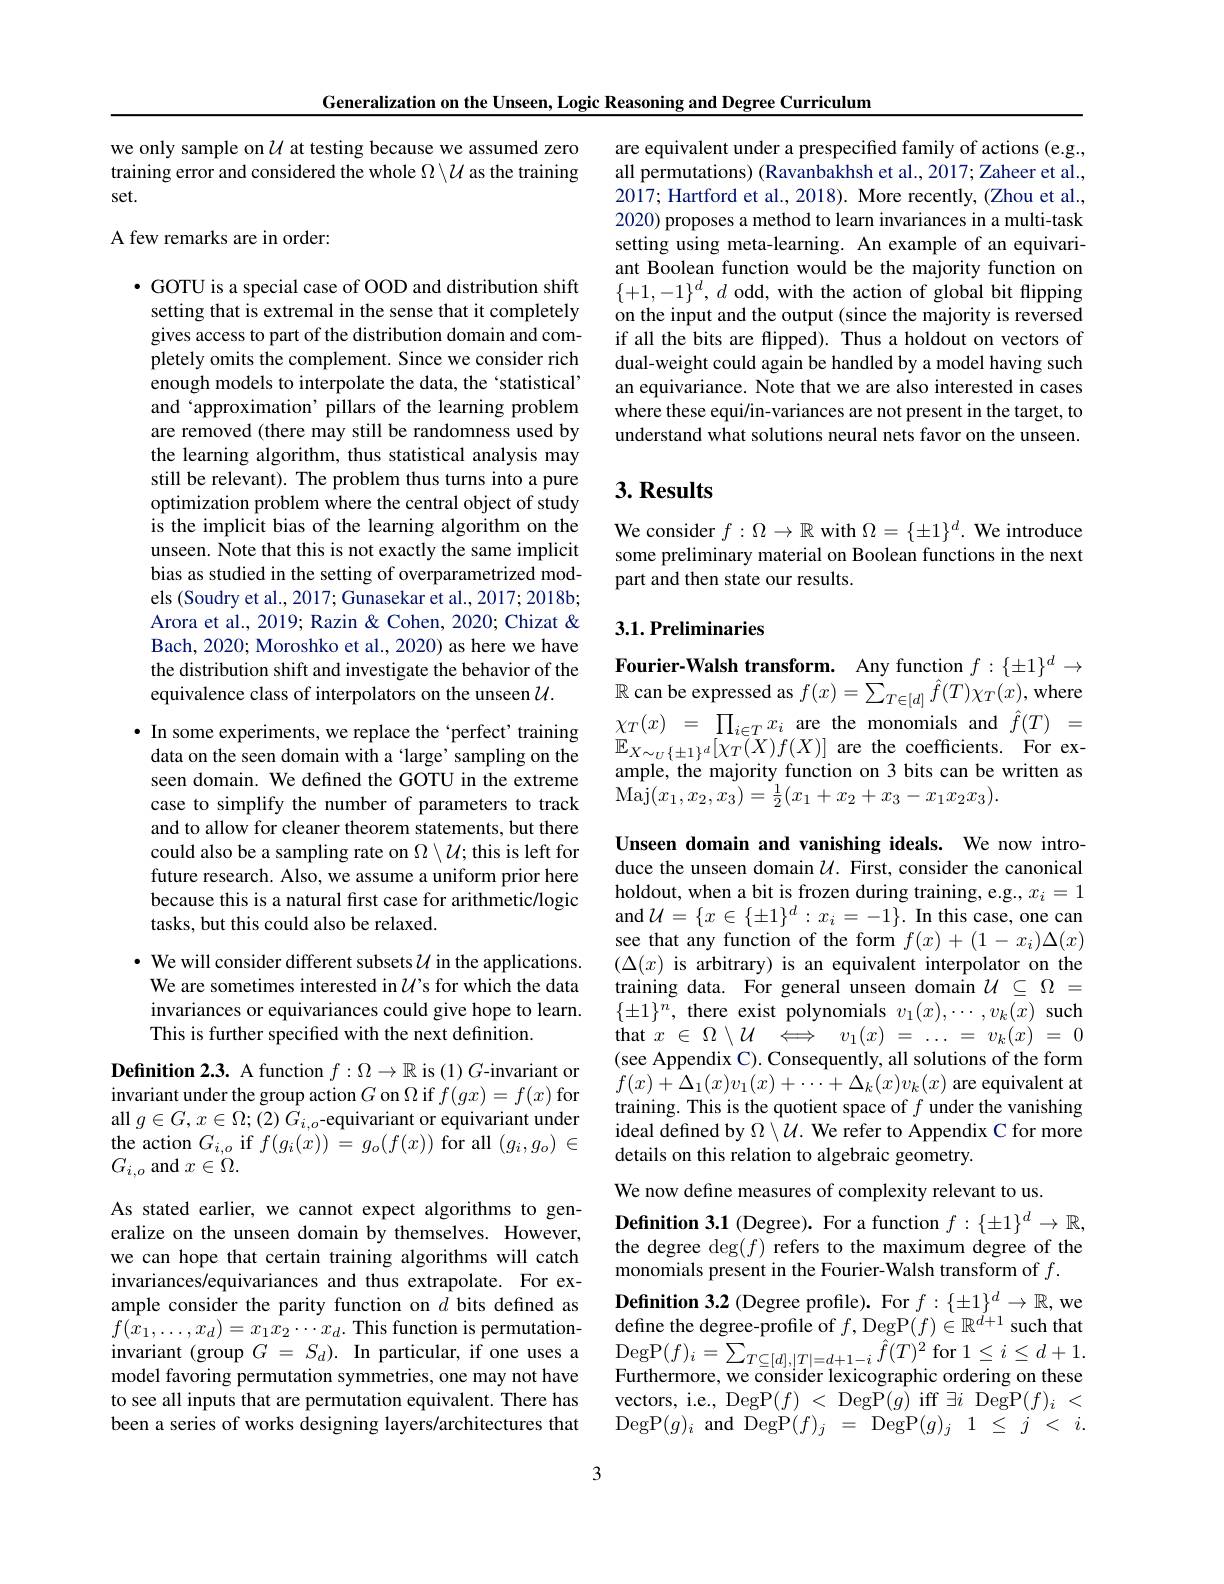
Generalization on the Unseen, Logic Reasoning and Degree Curriculum

we only sample on $U$ at testing because we assumed zero training error and considered the whole $\Omega\setminus\mathcal{U}$ as the training set.

## A few remarks are in order:

$•$ GOTU is a special case of OOD and distribution shift
setting that is extremal in the sense that it completely gives access to part of the distribution domain and completely omits the complement. Since we consider rich enough models to interpolate the data, the `statistical' and‘approximation’ pillars of the learning problem are removed (there may still be randomness used by the learning algorithm, thus statistical analysis may still be relevant). The problem thus turns into a pure optimization problem where the central object of study is the implicit bias of the learning algorithm on the unseen. Note that this is not exactly the same implicit bias as studied in the setting of overparametrized models (Soudry et al., 2017; Gunasekar et al., 2017; 2018b; Arora et al., 2019; Razin & Cohen, 2020; Chizat & Bach, 2020; Moroshko et al., 2020) as here we have the distribution shift and investigate the behavior of the equivalence class of interpolators on the unseen $\mathcal{U}.$

· In some experiments, we replace the‘perfect’training data on the seen domain with a 'large' sampling on the seen domain. We defined the GOTU in the extreme case to simplify the number of parameters to track and to allow for cleaner theorem statements, but there could also be a sampling rate on $\Omega\setminus\mathcal{U};$ this is left for future research. Also, we assume a uniform prior here because this is a natural first case for arithmetic/logic tasks, but this could also be relaxed.

· We will consider different subsets $\mathcal{U}$ in the applications. We are sometimes interested in $\mathcal{U}$ s for which the data invariances or equivariances could give hope to learn. This is further specified with the next definition.

Definition 2.3. A function $f:\Omega\to\mathbb{R}$ is (1) $G$-invariant or invariant under the group action $G$ on $\Omega$ if $f(gx)=f(x)$ for all $g\in G,x\in\Omega;(2)G_{i,o}$-equivariant or equivariant under the action $G_{i,o}$ if $f(g_{i}(x))=g_{o}(f(x))$ for all $(g_{i},g_{o})\in$ $G_{i,o}$ and $x\in\Omega.$

As stated earlier, we cannot expect algorithms to generalize on the unseen domain by themselves. However, we can hope that certain training algorithms will catch invariances/equivariances and thus extrapolate. For example consider the parity function on $d$ bits defined as $f(x_{1},\ldots,x_{d})=x_{1}x_{2}\cdots x_{d}.$This function is permutationinvariant ( group $G= S_d) .$ In particular, if one uses a DegP$( f) _{i}= \sum _{T\subseteq [ d] , [ T] = d+ 1- i}\hat{f} ( T) ^{2}$ for $1\leq i\leq d+ 1.$ model favoring permutation symmetries, one may not have Furthermore, we consider lexicographic ordering on these model favorin
to see all inputs that are permutation equivalent. There has been a series of works designing layers/architectures that

are equivalent under a prespecified family of actions (e.g., all permutations) (Ravanbakhsh et al., 2017; Zaheer et al., $20\hat{17};$ Hartford et al., 2018). More recently, (Zhou et al., 2020) proposes a method to learn invariances in a multi-task setting using meta-learning. An example of an equivariant Boolean function would be the majority function on $\{+1,-1\}^d,d$ odd, with the action of global bit flipping on the input and the output (since the majority is reversed if all the bits are flipped). Thus a holdout on vectors of dual-weight could again be handled by a model having such an equivariance. Note that we are also interested in cases where these equi/in-variances are not present in the target, to understand what solutions neural nets favor on the unseen.

# 3. Results

We consider $f:\Omega\to\mathbb{R}$ with $\Omega=\{\pm1\}^d.$ We introduce some preliminary material on Boolean functions in the next part and then state our results.

## 3.1. Preliminaries

Fourier-Walsh transform. Any function $f:\{\pm1\}^d\to$ $\mathbb{R}$ can be expressed as $f(x)=\sum_T\in[d]\hat{f}(T)\chi_T(x)$, where $\chi _{T}( x)$ = $\prod _{i\in T}x_{i}$ are the monomials and $\hat{f} ( T)$ = $\mathbb{E}_{X\sim_U\{\pm1\}^d}[\chi_T(X)f(X)]$ are the coefficients. For example, the majority function on 3 bits can be written as $\operatorname{Maj}(x_1,x_2,x_3)=\frac{1}{2}(x_1+x_2+x_3-x_1x_2x_3).$

Unseen domain and vanishing ideals. We now introduce the unseen domain $\mathcal{U}.$ First, consider the canonical holdout, when a bit is frozen during training, e.g., $x_i=1$ and$\mathcal{U}=\{x\in\{\pm1\}^d:x_i=-1\}.$In this case, one can see that any function of the form $f(x)+(1-x_{i})\Delta(x)$ $(\Delta(x)$ is arbitrary) is an equivalent interpolator on the training data. For general unseen domain $\mathcal{U}\subseteq\Omega=$ $\{\pm1\}^n$, there exist polynomials $v_1(x),\cdots,v_k(x)$ such that$x\in\Omega\setminus\mathcal{U}\Longleftrightarrow v_{1}(x)=\ldots=v_{k}(x)=0$ (see Appendix C). Consequently, all solutions of the form $f(x)+\Delta_{1}(x)v_{1}(x)+\cdots+\Delta_{k}(x)v_{k}(x)$ are equivalent at training. This is the quotient space of $f$ under the vanishing ideal defined by $\Omega\setminus\mathcal{U}.$ We refer to Appendix C for more details on this relation to algebraic geometry.

We now define measures of complexity relevant to us.

Definition 3.1 (Degree). For a function $f:\{\pm1\}^d\to\mathbb{R}$, the degree deg$(f)$ refers to the maximum degree of the monomials present in the Fourier-Walsh transform of $f.$
Definition 3.2 (Degree profile). For $f:\{\pm1\}^d\to\mathbb{R}$, we define the degree-profile of $f$,DegP$(f)\in\mathbb{R}^d+1$ such that vectors, i.e., DegP$( f)$ < DegP$(g)$ iff $\exists i$ DegP$( f) _i$ < $\operatorname{DegP}(g)_{i}$and DegP$(f)_j=\operatorname{DegP}(g)_{j}1\leq j<i.$

3